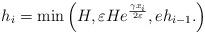
LaTeX: \begin{align*} h_i=\min\left(H, \varepsilon H e^{\frac{\gamma x_i}{2\varepsilon}},e h_{i-1}. \right)\end{align*}